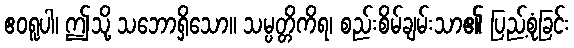
ဧဝရူပါ၊ ဤသို့ သဘောရှိသော။ သမ္ပတ္တိကိရ၊ စည်းစိမ်ချမ်းသာ၏ ပြည့်စုံခြင်း